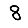
Digit: 8